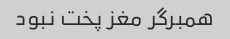
همبرگر مغز پخت نبود